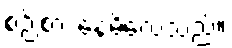
စဉ်းစား နေမိလေသည်။